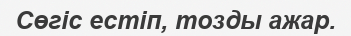
Сөгіс естіп, тозды ажар.